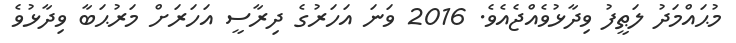
މުޙައްމަދު ލަޠީފު ވިދާޅުވެއްޖެއެވެ. 2016 ވަނަ އަހަރުގެ ދިރާސީ އަަހަރަށް މަރުޙަބާ ވިދާޅުވެ